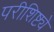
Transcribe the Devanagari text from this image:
परीशिष्ट्ये